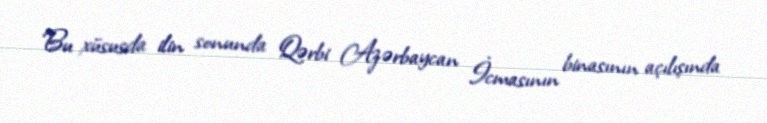
Bu xüsusda ilin sonunda Qərbi Azərbaycan İcmasının binasının açılışında